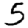
Digit: 5